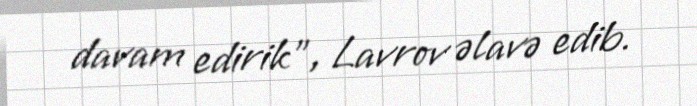
davam edirik”, Lavrov əlavə edib.